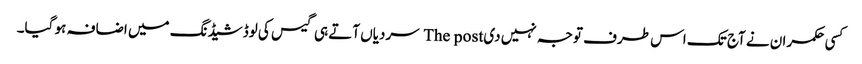
کسی حکمران نے آج تک اس طرف توجہ نہیں دی The post سردیاں آتے ہی گیس کی لوڈشیڈنگ میں اضافہ ہو گیا۔